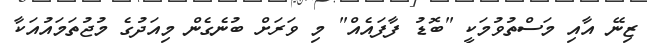
ޒިނޭ އާއި މަސްތުވުމަކީ "ބޮޑު ފާފައެއް" މި ވަރަށް ބުނެގެން މިއަދުގެ މުޖުތަމައުއަކާ